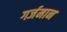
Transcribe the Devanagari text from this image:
गर्जमान